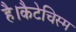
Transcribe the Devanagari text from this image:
है।कैटेचिस्म